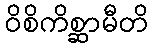
ဝိစိကိစ္ဆာမီတိ